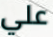
علي